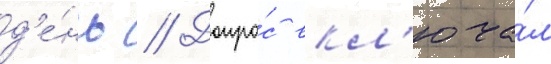
д'е́нь // Допро́с вкл'юча́л